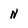
Character: N